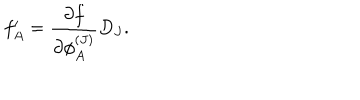
f _ { A } ^ { \prime } = \frac { \partial f } { \partial \phi _ { A } ^ { ( J ) } } D _ { J } .